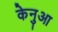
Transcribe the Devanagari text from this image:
केनुआ